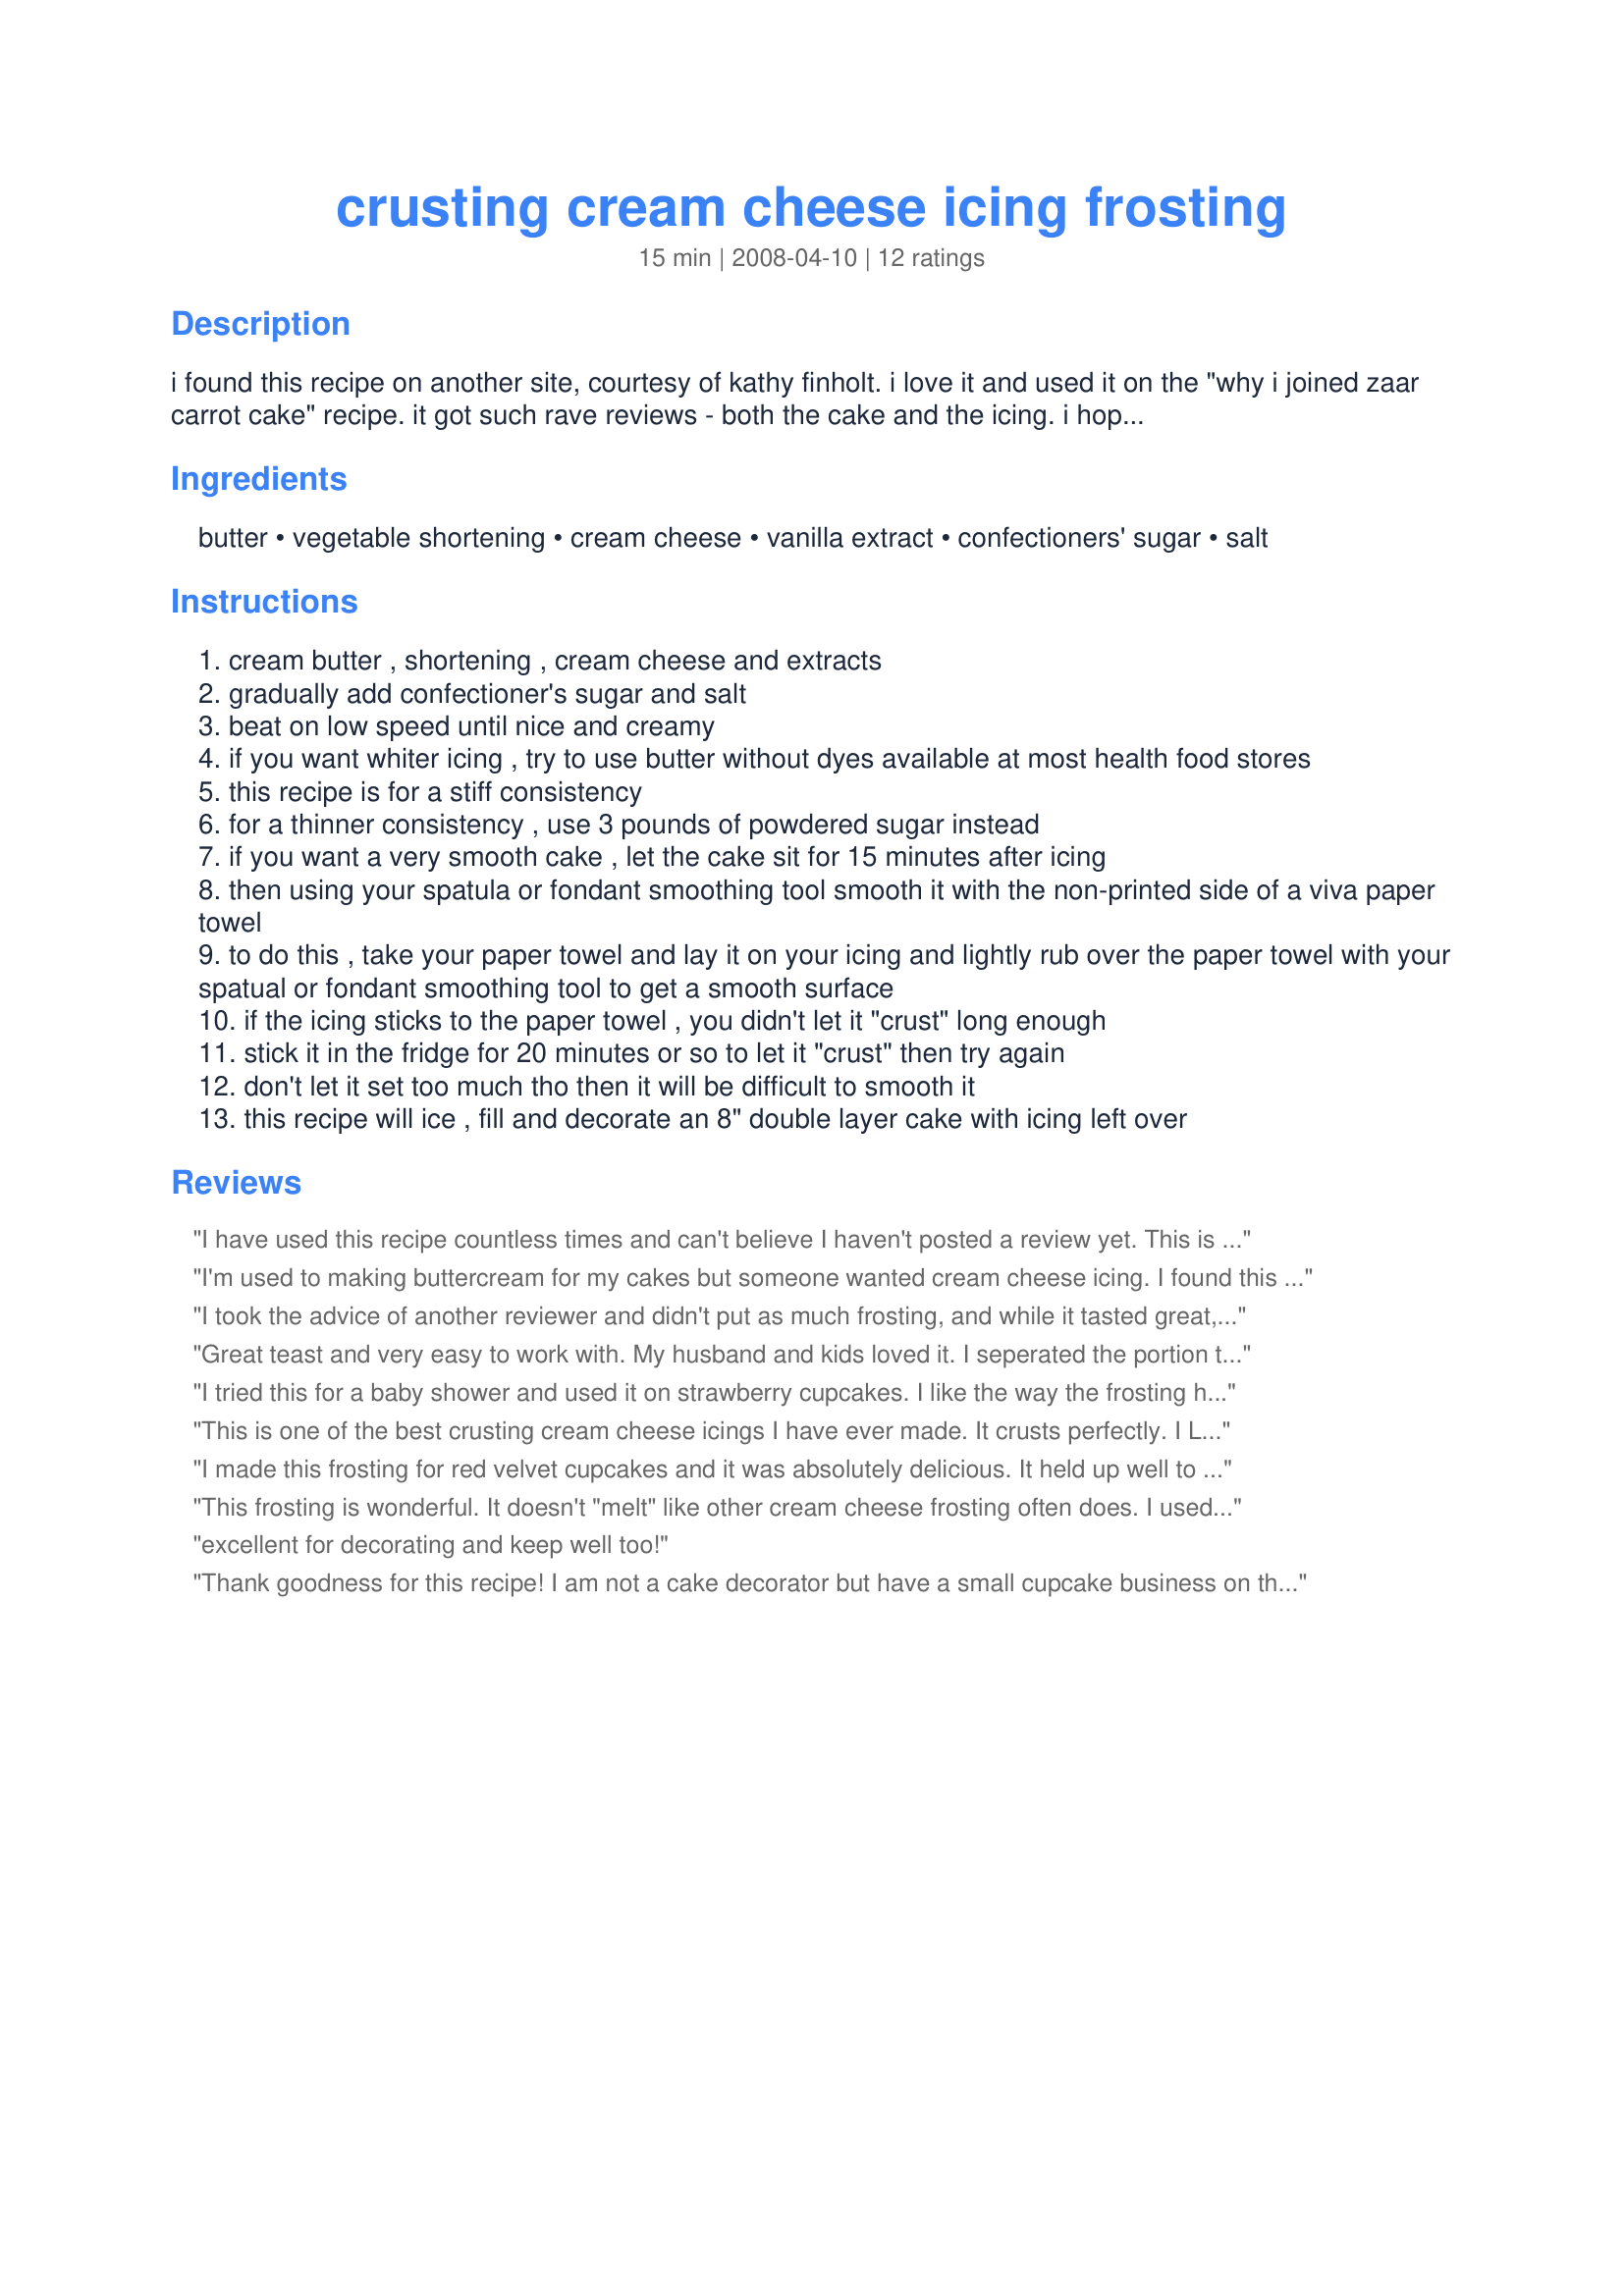
crusting cream cheese icing frosting
Preparation time: 15 minutes

i found this recipe on another site, courtesy of kathy finholt. i love it and used it on the "why i joined zaar carrot cake" recipe. it got such rave reviews - both the cake and the icing. i hope you enjoy it as much as we all have. in case you don't know, crusting means that it hardens, but not like a royal icing. this will allow you to smooth it out and get a really smooth icing. you don't have to, but if you like the look of fondant, you can almost get it as smooth as fondant.

Ingredients:
butter, vegetable shortening, cream cheese, vanilla extract, confectioners' sugar, salt

Steps:
cream butter , shortening , cream cheese and extracts
gradually add confectioner's sugar and salt
beat on low speed until nice and creamy
if you want whiter icing , try to use butter without dyes available at most health food stores
this recipe is for a stiff consistency
for a thinner consistency , use 3 pounds of powdered sugar instead
if you want a very smooth cake , let the cake sit for 15 minutes after icing
then using your spatula or fondant smoothing tool smooth it with the non-printed side of a viva paper towel
to do this , take your paper towel and lay it on your icing and lightly rub over the paper towel with your spatual or fondant smoothing tool to get a smooth surface
if the icing sticks to the paper towel , you didn't let it "crust" long enough
stick it in the fridge for 20 minutes or so to let it "crust" then try again
don't let it set too much tho then it will be difficult to smooth it
this recipe will ice , fill and decorate an 8" double layer cake with icing left over

Reviews:
I have used this recipe countless times and can't believe I haven't posted a review yet. This is the only icing recipe I will use to decorate my cakes with. It tastes wonderful and works nicely for decorating. Thanks for a great recipe!!
I'm used to making buttercream for my cakes but someone wanted cream cheese icing. I found this recipe and it was FANTASTIC. I was worried it wouldn't "work" the same as my buttercream when decorating the cake but it was pretty much identical. This makes a huge batch which was nice, too. One substitution I made was I used 1 1/2 cups of butter flavored shortening in place of the 1 cup of butter and 1/2 cup of shortening. I was told not to use butter in icing becasue shortening holds up better to heat.
I took the advice of another reviewer and didn't put as much frosting, and while it tasted great, the consistency was horrible to work with. It was so soft it just fell all over the place.<br/><br/>Yet, even it being like this, everyone complimented that the taste was amazing because it wasn't too cheesy, it was perfect.<br/><br/>I will definitely give it another try and follow the recipe to the T and hopefully it is a "crusting cream cheese" as said to be.<br/>Thanks!
Great teast and very easy to work with. My husband and kids loved it. I seperated the portion that I was going to pipe on and added 1/2 cup more powered sugar for a touch of added thickness. The only change I made was I added 1/2 tbl spoon of almond extract. Under this icing was the recipe for heavenly white cake from allrecipes.com and that was awesome as well!
I tried this for a baby shower and used it on strawberry cupcakes. I like the way the frosting held up to storage and displayed very well. I piped it around and around the tops of the cupcakes. I added a little strawberry extract to add to the strawberry experience. I thought they turned out "berry" well. I did not try to smooth the frosting so I cannot comment on that aspect. Overall, a very nice and easy to use frosting. Thanks!
This is one of the best crusting cream cheese icings I have ever made. It crusts perfectly. I LOVE THIS. Everyone who tasted it thought that it was amazing. This is a keeper.
I made this frosting for red velvet cupcakes and it was absolutely delicious. It held up well to heat and crusted quickly. I've spent a long time experimenting with cream cheese frostings and this is definitely the best one i've found for decorating and i will be using it from now on for my 'go to' cream cheese frosting recipe. My only complaint is that the amount of powdered sugar the recipe calls for is absurd in my opinion. I only used 2lbs (which is more than i felt comfortable with) and it held up just fine and was on the verge of being too sweet. I would think using 3 1/2 lbs would cancel out any cream cheese flavor. However that's just my opinion, and i don't like very sweet things so i could be wrong! Overall i was very happy with this recipe.
This frosting is wonderful. It doesn't "melt" like other cream cheese frosting often does. I used it on sugar cookies and it spread easily and firmed up enough so the plastic wrap I used to cover the cookies didn't stick. It holds up really well.
excellent for decorating and keep well too!
Thank goodness for this recipe! I am not a cake decorator but have a small cupcake business on the side, and I have had very little success with any cream cheese frosting. For my boyfriend and my one year anniversary, I wanted to actually go for it and make a cake. He loves red velvet. I knew I didn&#039;t have anything in my recipe box that would withstand decorating. I found this recipe was thrilled with the results! Only change I made is that I only used about 3 lbs of sugar instead of the full 3.5. It still crusted just fine, smoothed nicely, and was the perfect consistency for borders and script. (Keep in mind I&#039;m in humid South Texas, so if anybody would have needed the extra half pound it would have been me!) Was my first time making a fully decorated cake and it actually turned out beautifully, all thanks to this recipe.
I love these icing its so ease to work with it and it tastes good thank you for the great recipe :)
I made this exactly as written except that I didn't have any vanilla so I substituted Vanilla Nut & Butter extract. I was really happy with how it turned out! I made it to use on Recipe #354158 and it made a cookie that was good into a cookie that was FANTASTIC. I smeared it on the cookies and refrigerated them for about an hour until the icing was set and I was able to stack them with no problem. I also had no problems getting the icing to hold after they were at room temperature for quite a few hours. Thanks for posting! This is now my go to cream cheese frosting.
